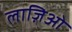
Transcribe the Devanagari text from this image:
लाज़िओ